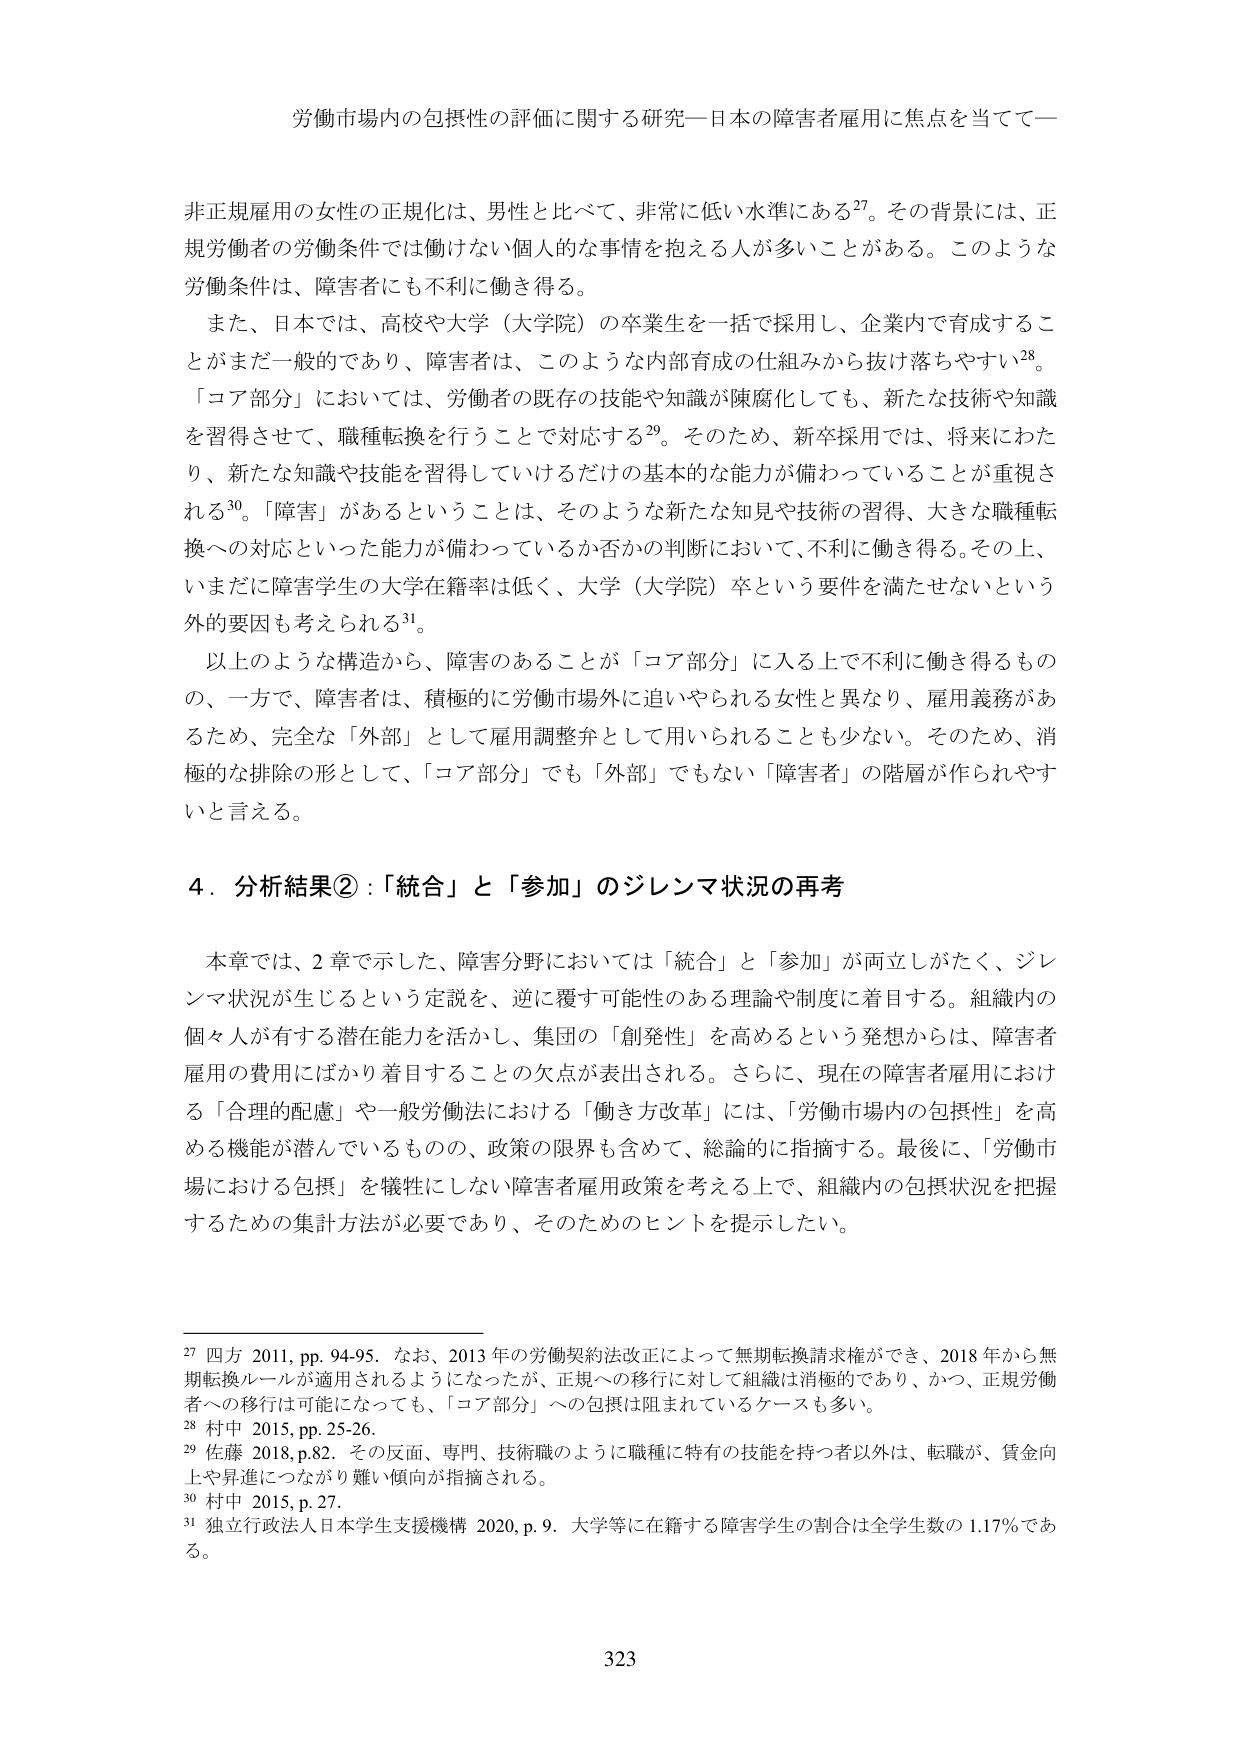
労働市場内の包摂性の評価に関する研究―日本の障害者雇用に焦点を当てて―

非正規雇用の女性の正規化は、男性と比べて、非常に低い水準にある27。その背景には、正規労働者の労働条件では働けない個人的な事情を抱える人が多いことがある。このような労働条件は、障害者にも不利に働き得る。
また、日本では、高校や大学（大学院）の卒業生を一括で採用し、企業内で育成することがまだ一般的であり、障害者は、このような内部育成の仕組みから抜け落ちやすい28。
「コア部分」においては、労働者の既存の技能や知識が陳腐化しても、新たな技術や知識を習得させて、職種転換を行うことで対応する29。そのため、新卒採用では、将来にわたり、新たな知識や技能を習得していけるだけの基本的な能力が備わっていることが重視される30。「障害」があるということは、そのような新たな知見や技術の習得、大きな職種転換への対応といった能力が備わっているか否かの判断において、不利に働き得る。その上、いまだに障害学生の大学在籍率は低く、大学（大学院）卒という要件を満たせないという外的要因も考えられる31。
以上のような構造から、障害のあることが「コア部分」に入る上で不利に働き得るもの、一方で、障害者は、積極的に労働市場外に追いやられる女性と異なり、雇用義務があるため、完全な「外部」として雇用調整弁として用いられることも少ない。そのため、消極的な排除の形として、「コア部分」でも「外部」でもない「障害者」の階層が作られやすいと言える。

4．分析結果②：「統合」と「参加」のジレンマ状況の再考

本章では、2章で示した、障害分野においては「統合」と「参加」が両立しがたく、ジレンマ状況が生じるという定説を、逆に覆す可能性のある理論や制度に着目する。組織内の個々人が有する潜在能力を活かし、集団の「創発性」を高めるという発想からは、障害者雇用の費用にばかり着目することの欠点が表出される。さらに、現在の障害者雇用における「合理的配慮」や一般労働法における「働き方改革」には、「労働市場内の包摂性」を高める機能が潜んでいるものの、政策の限界も含めて、総論的に指摘する。最後に、「労働市場における包摂」を犠牲にしない障害者雇用政策を考える上で、組織内の包摂状況を把握するための集計方法が必要であり、そのためのヒントを提示したい。

27 四方 2011, pp. 94-95. なお、2013年の労働契約法改正によって無期転換請求権ができ、2018年から無期転換ルールが適用されるようになったが、正規への移行に対して組織は消極的であり、かつ、正規労働者への移行は可能になっても、「コア部分」への包摂は阻まれているケースも多い。
28 村中 2015, pp. 25-26.
29 佐藤 2018, p.82. その反面、専門、技術職のように職種に特有の技能を持つ者以外は、転職が、賃金向上や昇進につながり難い傾向が指摘される。
30 村中 2015, p. 27.
31 独立行政法人日本学生支援機構 2020, p. 9. 大学等に在籍する障害学生の割合は全学生数の1.17％である。

323